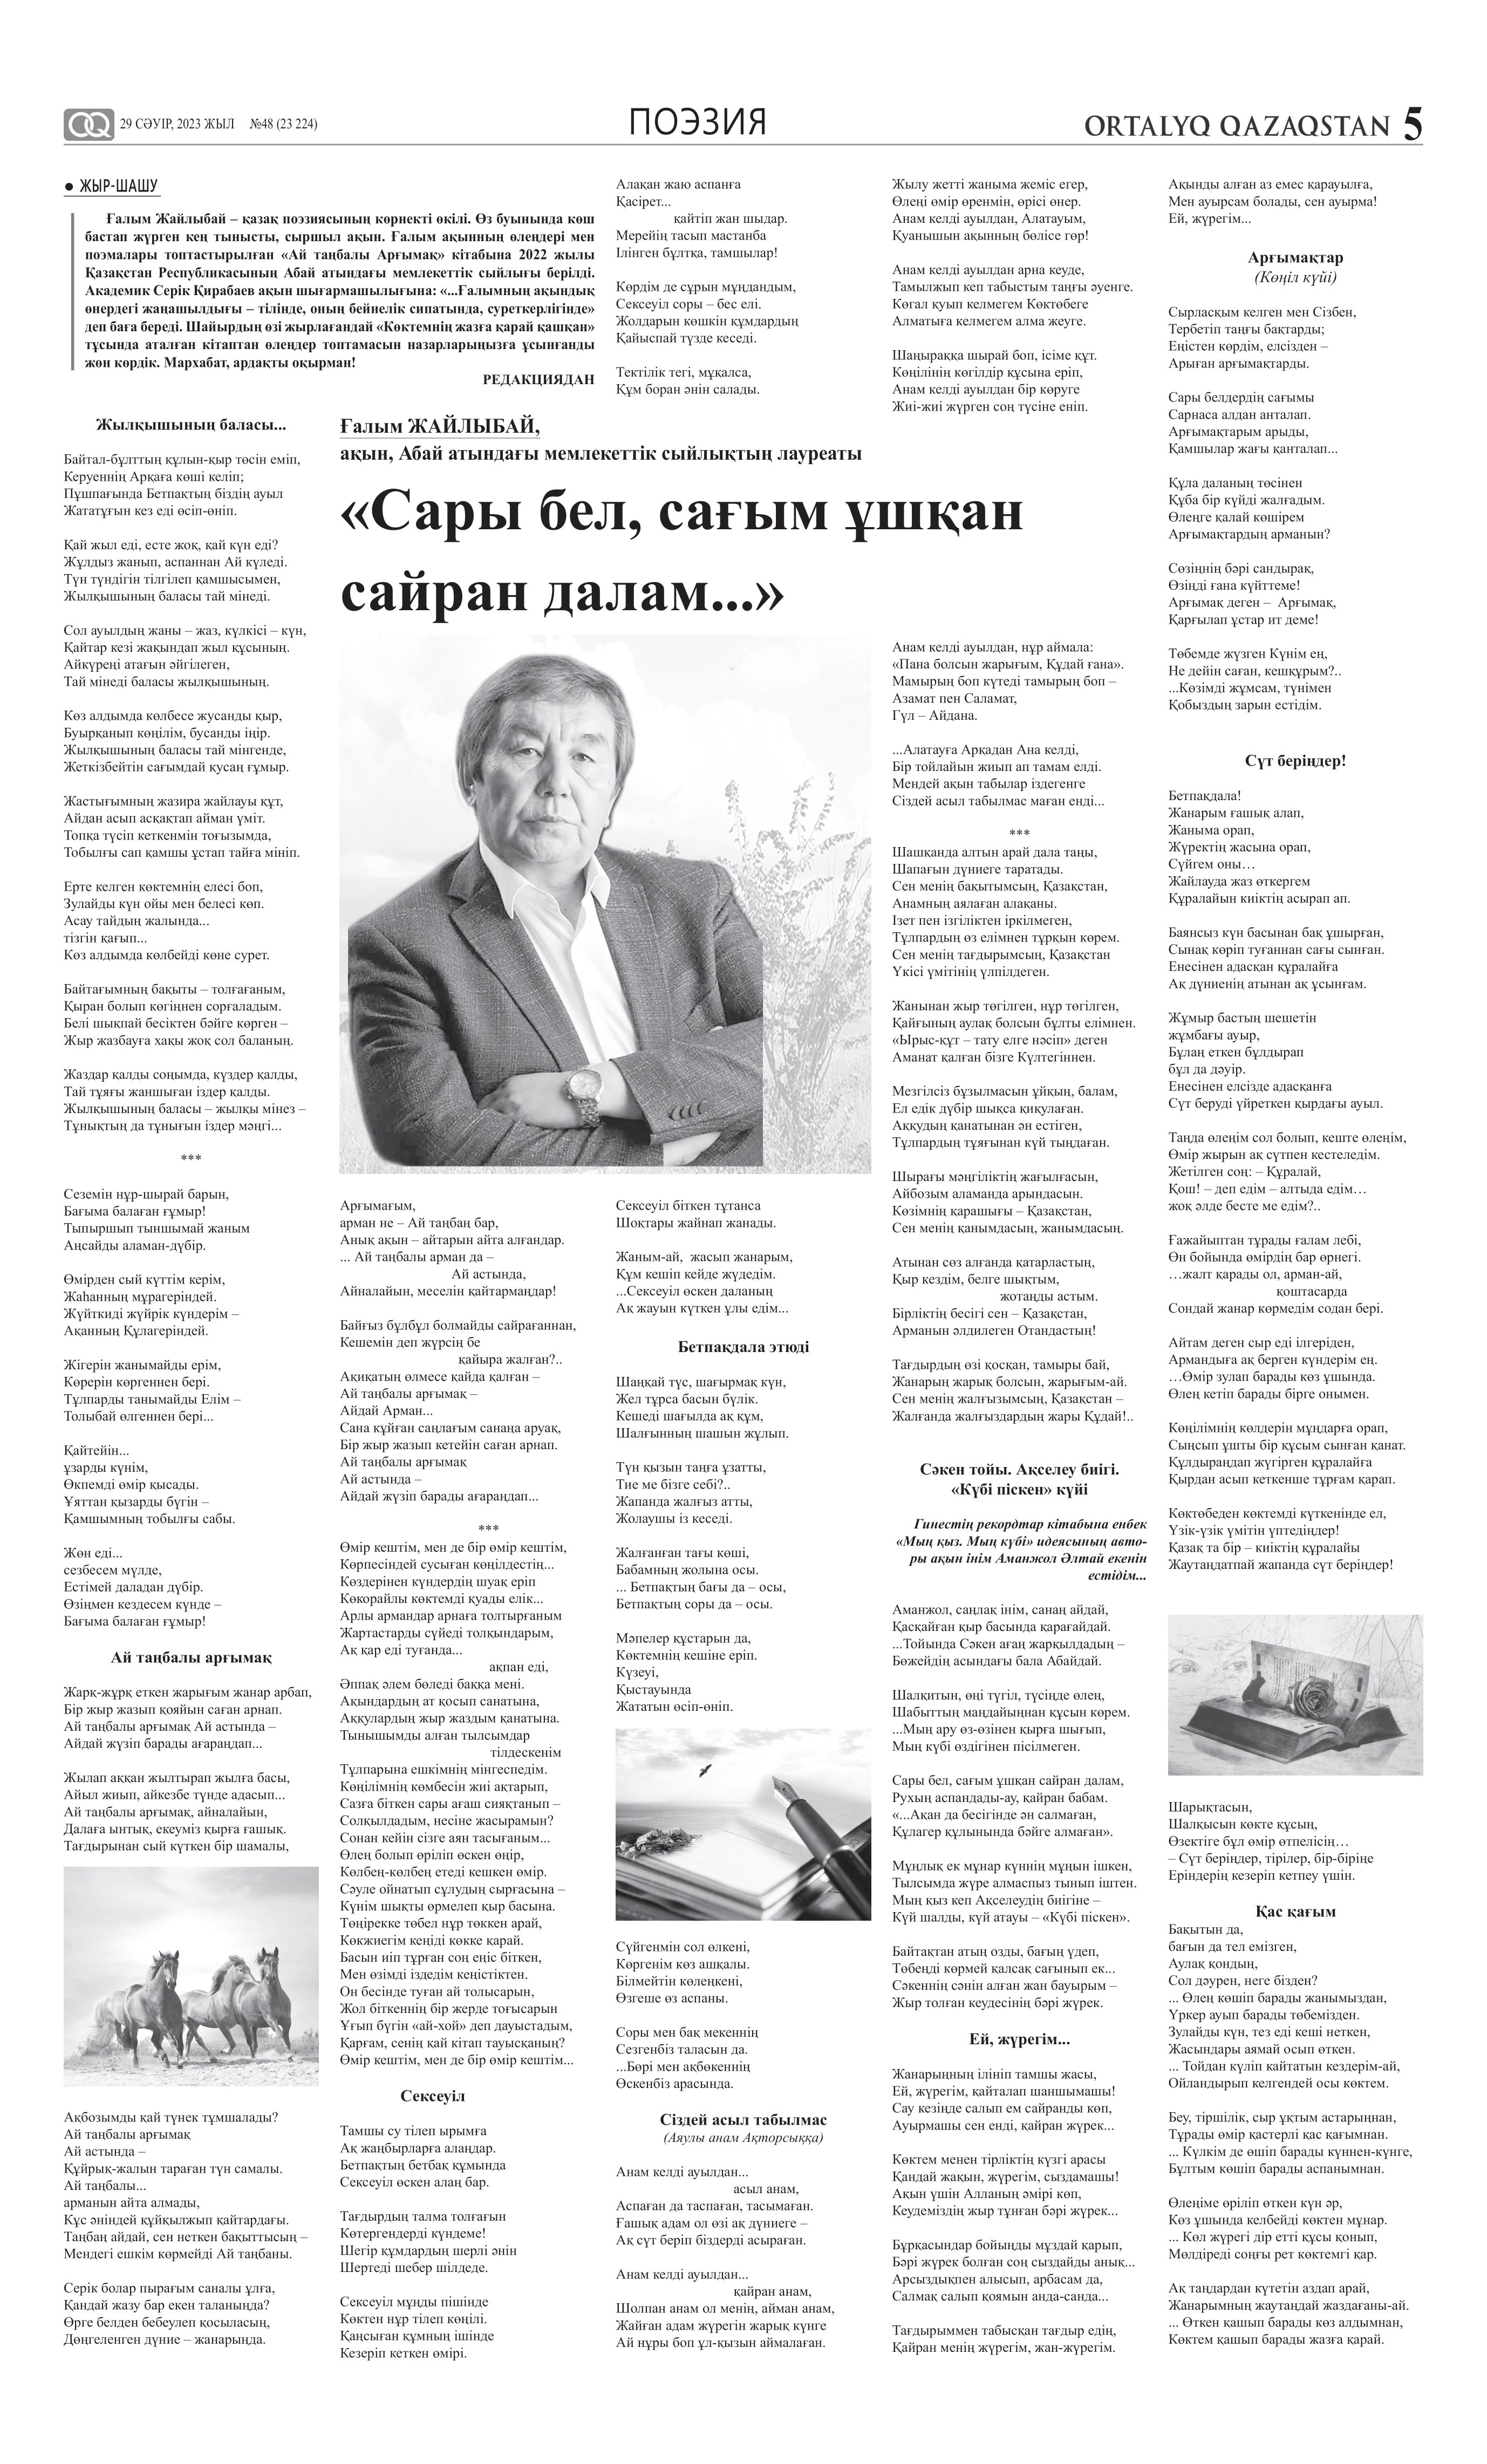
Language: kk